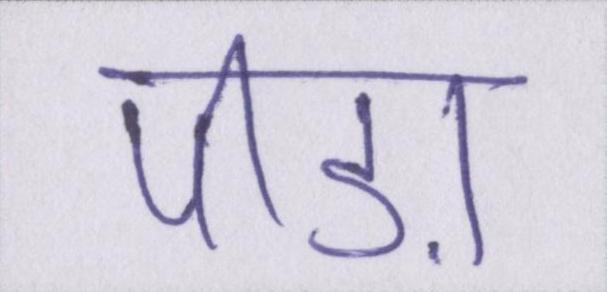
पीड़ा